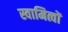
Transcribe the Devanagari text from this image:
स्वामित्वों